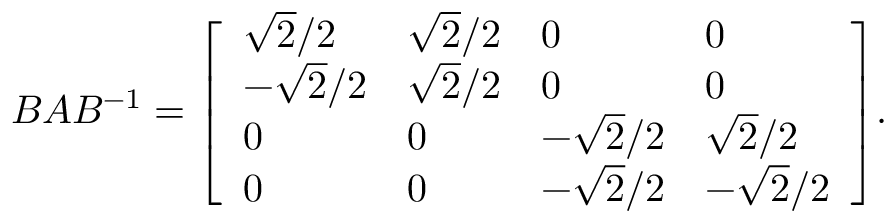
B A B ^ { - 1 } = { \left[ \begin{array} { l l l l } { { \sqrt { 2 } } / 2 } & { { \sqrt { 2 } } / 2 } & { 0 } & { 0 } \\ { - { \sqrt { 2 } } / 2 } & { { \sqrt { 2 } } / 2 } & { 0 } & { 0 } \\ { 0 } & { 0 } & { - { \sqrt { 2 } } / 2 } & { { \sqrt { 2 } } / 2 } \\ { 0 } & { 0 } & { - { \sqrt { 2 } } / 2 } & { - { \sqrt { 2 } } / 2 } \end{array} \right] } .